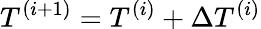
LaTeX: T^{(i+1)}=T^{(i)}+\Delta T^{(i)}